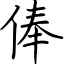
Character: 俸